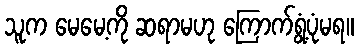
သူက မေမေ့ကို ဆရာမဟု ကြောက်ရွံ့ပုံမရ။